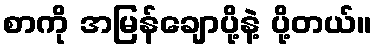
စာကို အမြန်ချောပို့နဲ့ ပို့တယ်။